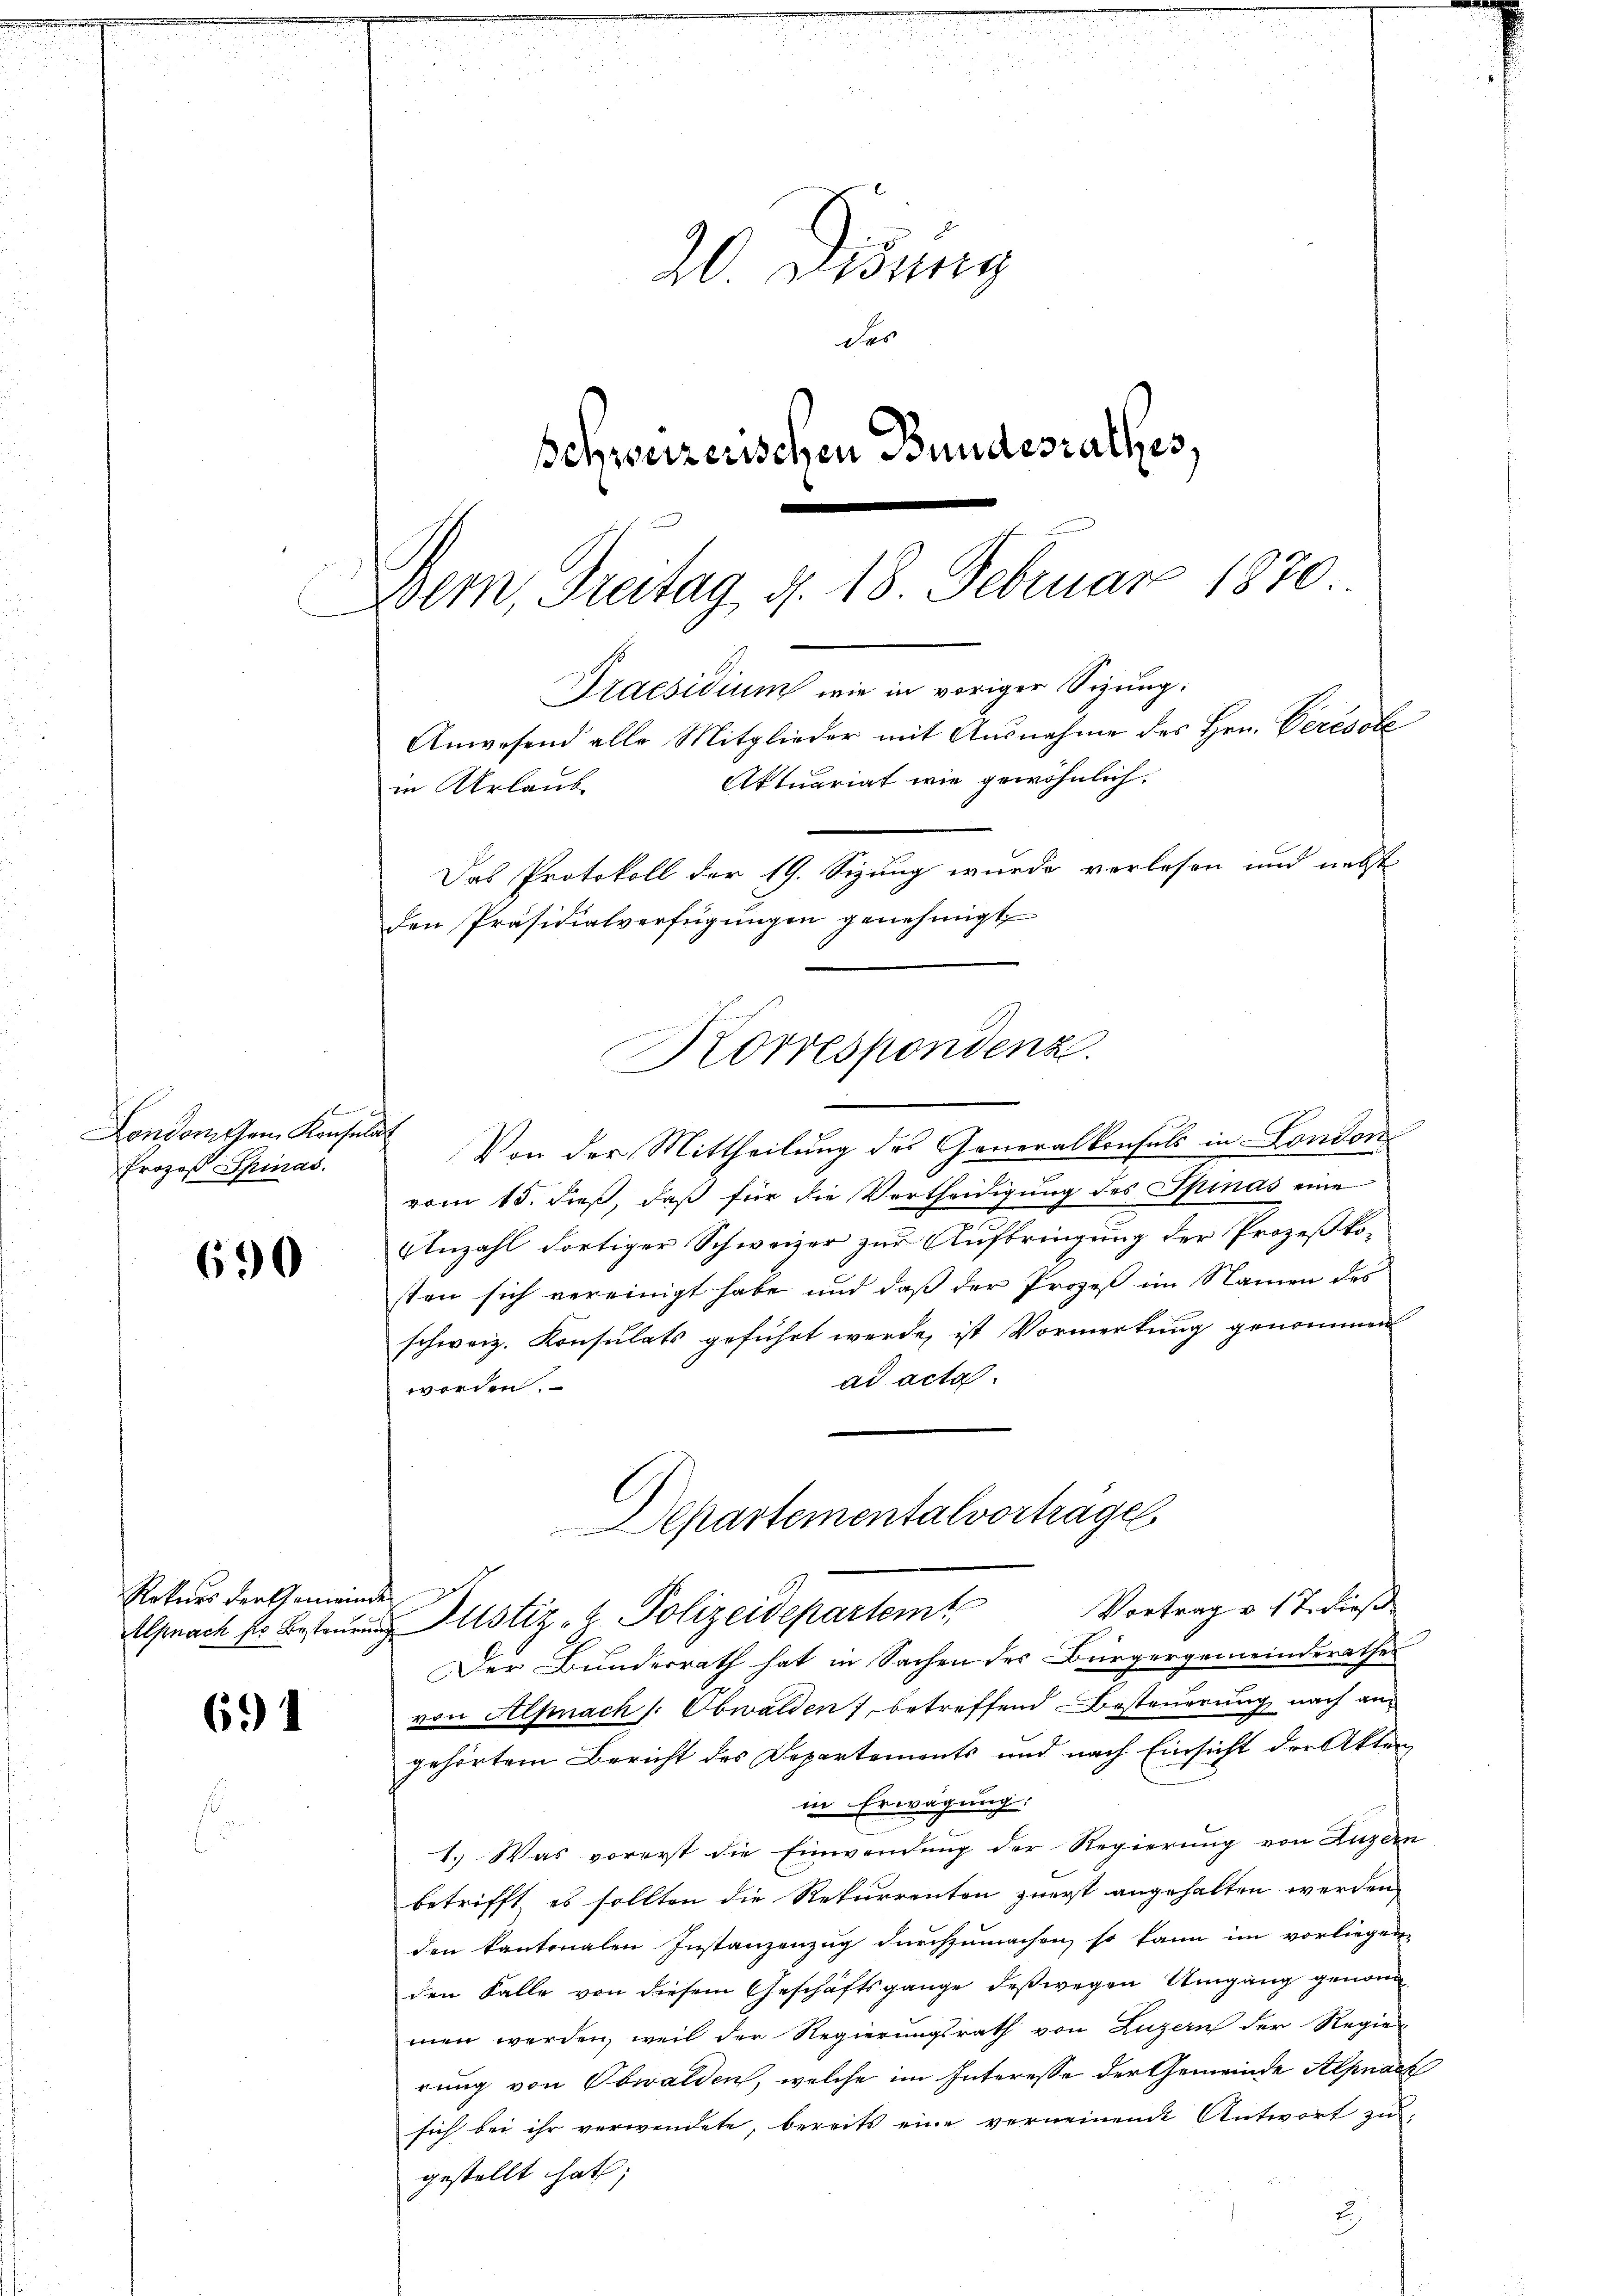
690

Rekurs der Gemeinde

i
20 Didung
das
Schweizerischen Bundesrathes,
Bern, Freitag d. 18. Februar 1870.

691

Korrespondenz.
t
Von der Mittheilung des Generalkonsuls in London

London dem Konsulat
Prozeß Spinas.

vom 15. dieß, daß für die Vertheidigung des Spinas eine
Anzahl dortiger Schweizer zur Aufbringung der Prozeßkosten sich vereinigt habe und daß der Prozeß im Namen des
schweiz. Konsulats geführt werde, ist Vormerkung genommen
ad acta.
werden.
Departementalvorträge
Alpnach so besteŭerŭng Altstiz- & Polizeidepartem Vortrag v. 17. dieβ
Der Bunderrath hat in Sachen des Bürgergemeinderathes
von Alpnach /: Obwalden, betreffend Besteuerung nach angehörtem Bericht des Departements und nach Einsicht der Akten
in Erwägung:
1.) Was vorerst die Einwendung der Regierung von Luzern
betrifft, es sollten die Rekurrenten zuerst angehalten werden,
den kantonalen Instanzenzug durchzumachen, so kann im vorliegen
den Falle von diesem Geschäftsgange deßwegen Umgang genommen werden, weil der Regierungsrath von Luzern der Regie
rung von Obwalden, welche im Interesse der Gemeinde Alpnach
sich bei ihr verwendete, bereits eine verneinende Antwort zu
gestellt hat;
2

in Urlaub

Praesidium wie in voriger Sizung.
Anwesend alle Mitglieder mit Ausnahme des Hrn. Percsobe
Aktuariat wie gewöhnlich.
Das Protokoll der 19. Sizung wurde verlesen und nebst
den Präsidialverfügungen genehmigt